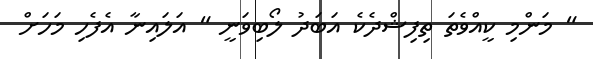
" މަންމި ކީއްވެތަ ތިފިޝްދެކެ އަބަދު ލޯބިވަނީ " އަލައިނާ އެފެހި މަހަށް